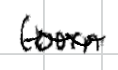
Text: (born
Cross-out: wave
Writing tool: digital_black